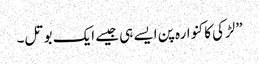
”لڑکی کا کنوارہ پن ایسے ہی جیسے ایک بوتل۔